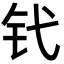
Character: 𬬩